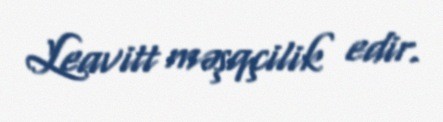
Leavitt məşqçilik edir.